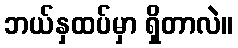
ဘယ်နှထပ်မှာ ရှိတာလဲ။